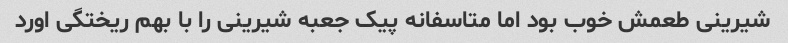
شیرینی طعمش خوب بود اما متاسفانه پیک جعبه شیرینی را با بهم ریختگی اورد